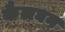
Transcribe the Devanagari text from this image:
कैलघन